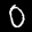
Label: 0